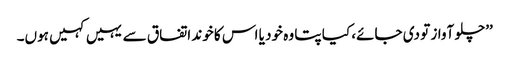
’’چلو آواز تو دی جائے، کیا پتا وہ خود یا اس کا خوند اتفاق سے یہیں کہیں ہوں۔